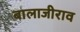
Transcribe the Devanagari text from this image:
बालाजीराव